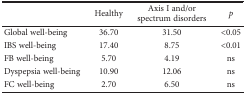
|  | Healthy | Axis I and/or spectrum disorders | p |
 | --- | --- | --- | --- |
 | Global well-being | 36.70 | 31.50 | <0.05 |
 | IBS well-being | 17.40 | 8.75 | <0.01 |
 | FB well-being | 5.70 | 4.19 | ns |
 | Dyspepsia well-being | 10.90 | 12.06 | ns |
 | FC well-being | 2.70 | 6.50 | ns |